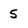
Character: 5